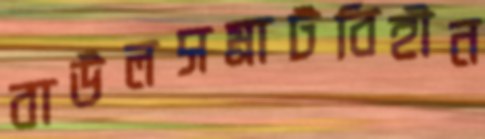
বাউলসম্রাটবিহীন